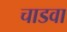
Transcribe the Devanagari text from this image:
चाडवा